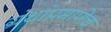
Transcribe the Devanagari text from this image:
ग्रंथांप्रमाणेच